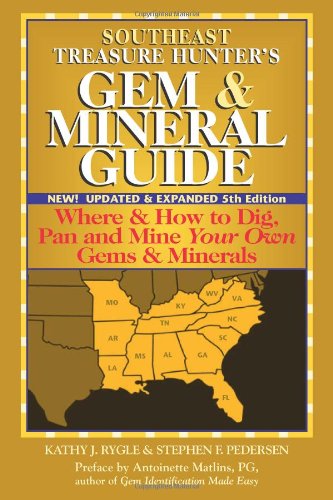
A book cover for Southeast Treasure Hunter's Gem & Mineral Guide: Where & How to Dig, Pan and Mine Your Own Gems & Minerals; Kathy J. Rygle; Science & Math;